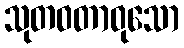
သုတဝတာဝုသော